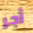
أجر